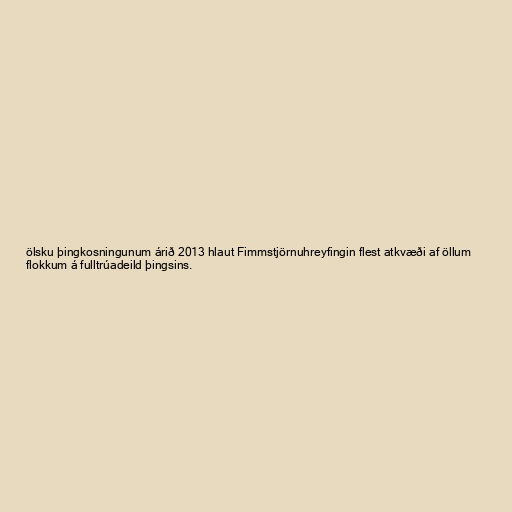
ölsku þingkosningunum árið 2013 hlaut Fimmstjörnuhreyfingin flest atkvæði af öllum
flokkum á fulltrúadeild þingsins.